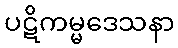
ပဋိကမ္မဒေသနာ